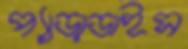
প্যাড়াডাইস